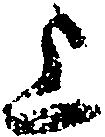
上